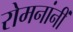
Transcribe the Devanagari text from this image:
रोमनांनीं